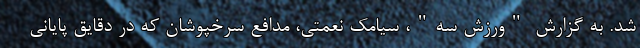
شد. به گزارش "ورزش سه"، سیامک نعمتی، مدافع سرخپوشان که در دقایق پایانی